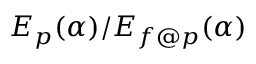
E _ { p } ( \alpha ) / E _ { f @ p } ( \alpha )